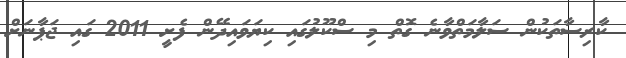
ކާރިސާތަކުން ސަލާމަތްވާނެ ގޮތް މި ސްކޫލުގައި ކިޔަވައިދޭން ފެށީ 2011 ގައި ޖަޕާނަށް